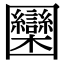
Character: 圞